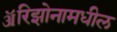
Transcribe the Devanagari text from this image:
ॲरिझोनामधील